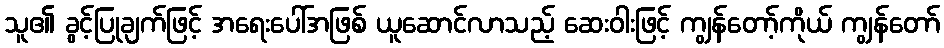
သူ၏ ခွင့်ပြုချက်ဖြင့် အရေးပေါ်အဖြစ် ယူဆောင်လာသည့် ဆေးဝါးဖြင့် ကျွန်တော့်ကိုယ် ကျွန်တော်